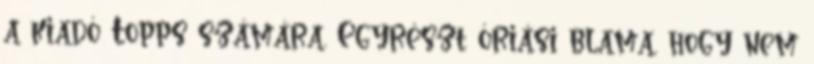
a kiadó Topps számára. Egyrészt óriási blama, hogy nem